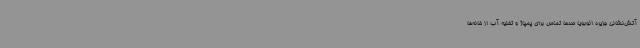
آتش‌نشانی جزیره ائوبویا صدها تماس برای پمپاژ و تخلیه آب از خانه‌ها